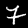
Digit: 7